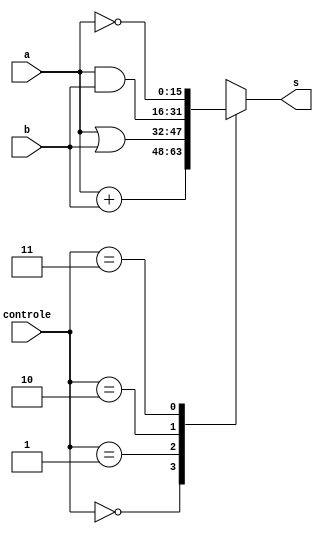
module ula(a, b, controle, s);
	input [15:0] a, b;
	input [1:0] controle;
	output reg [15:0] s;
	
	always@*
	begin
		case(controle)
			2'b00: s = a + b;
			2'b01: s = a | b;
			2'b10: s = a & b;
			2'b11: s = ~a;
		endcase
	end
endmodule